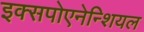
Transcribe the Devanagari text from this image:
इक्सपोएनेन्शियल